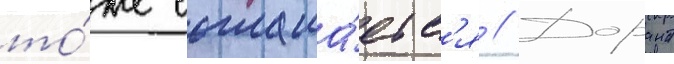
то́же соглаша́етс'я // Дорант